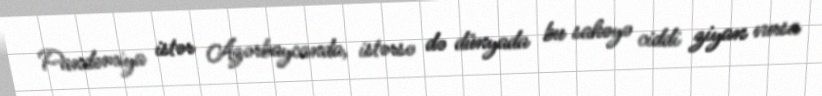
Pandemiya istər Azərbaycanda, istərsə də dünyada bu sahəyə ciddi ziyan vursa